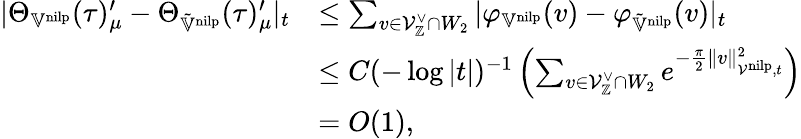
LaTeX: \begin{array}{rl}{|\Theta_{\mathbb{V}^{\mathrm{nilp}}}(\tau)_{\mu}^{\prime}-\Theta_{\tilde{\mathbb{V}}^{\mathrm{nilp}}}(\tau)_{\mu}^{\prime}|_{t}}&{\leq\sum_{v\in\mathcal{V}_{\mathbb{Z}}^{\vee}\cap W_{2}}|\varphi_{\mathbb{V}^{\mathrm{nilp}}}(v)-\varphi_{\tilde{\mathbb{V}}^{\mathrm{nilp}}}(v)|_{t}}\\ &{\leq C(-\log|t|)^{-1}\left(\sum_{v\in\mathcal{V}_{\mathbb{Z}}^{\vee}\cap W_{2}}e^{-\frac{\pi}{2}\| v\| _{\mathcal{V}^{\mathrm{nilp}},t}^{2}}\right)}\\ &{=O(1),}\end{array}